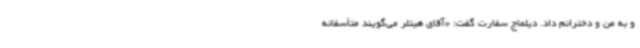
و به من و دخترانم داد. دیلماج سفارت گفت: «آقای هیتلر می‌گویند متأسفانه